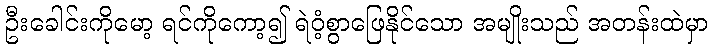
ဦးခေါင်းကိုမော့ ရင်ကိုကော့၍ ရဲဝံ့စွာဖြေနိုင်သော အမျိုးသည် အတန်းထဲမှာ